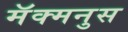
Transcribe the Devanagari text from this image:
मॅक्मनुस